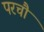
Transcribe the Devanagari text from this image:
परचौ